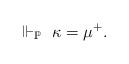
LaTeX: \begin{align*}\Vdash_{\mathbb{P}} \ \kappa = \mu^+.\end{align*}